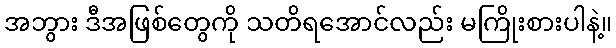
အဘွား ဒီအဖြစ်တွေကို သတိရအောင်လည်း မကြိုးစားပါနဲ့။